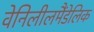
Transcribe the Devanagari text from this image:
वेनिलीलमैंडेलिक